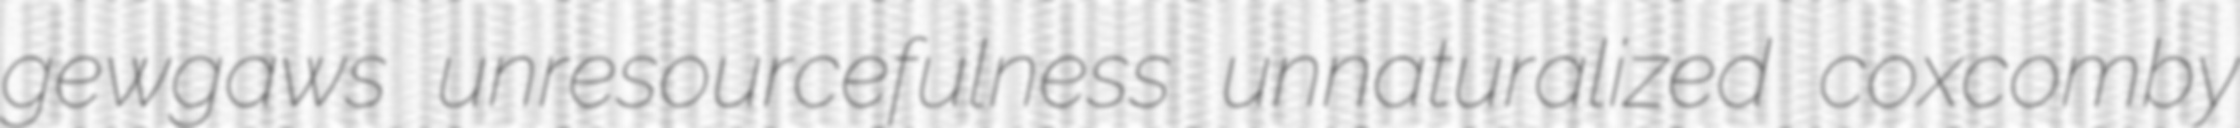
gewgaws unresourcefulness unnaturalized coxcomby